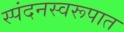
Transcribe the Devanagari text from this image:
स्पंदनस्वरूपात